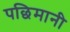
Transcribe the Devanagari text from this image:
पछिमानी